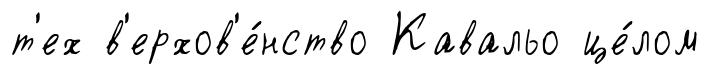
т'ех в'ерхов'е́нство Кавальо це́лом